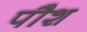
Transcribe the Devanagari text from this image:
पौश